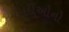
લાદીઓનો